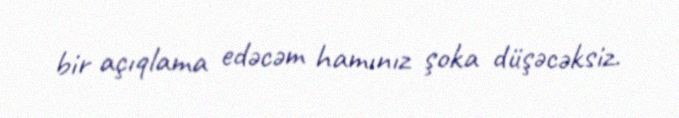
bir açıqlama edəcəm hamınız şoka düşəcəksiz.